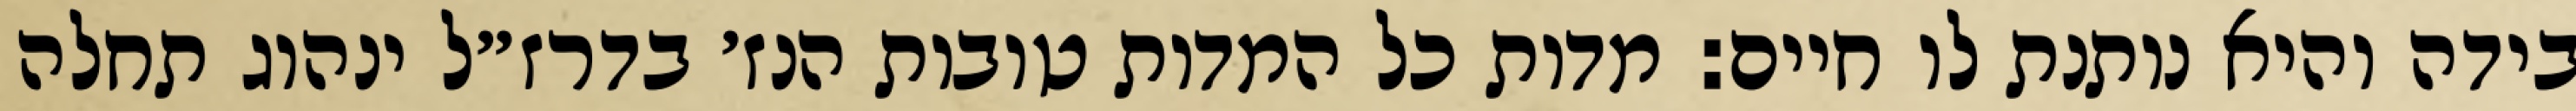
בידה והיא נותנת לו חיים: מדות כל המדות טובות הנז׳ בדרז״ל ינהוג תחלה